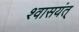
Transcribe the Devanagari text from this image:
श्वासयंत्